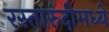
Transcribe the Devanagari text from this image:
रस्तारुंदीमध्ये